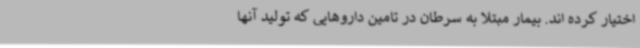
اختیار کرده اند. بیمار مبتلا به سرطان در تامین داروهایی که تولید آنها